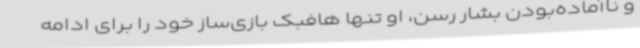
و ناآماده‌بودن بشار رسن، او تنها هافبک بازی‌ساز خود را برای ادامه